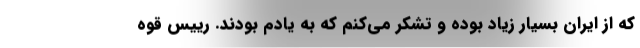
که از ایران بسیار زیاد بوده و تشکر می‌کنم که به یادم بودند. رییس قوه